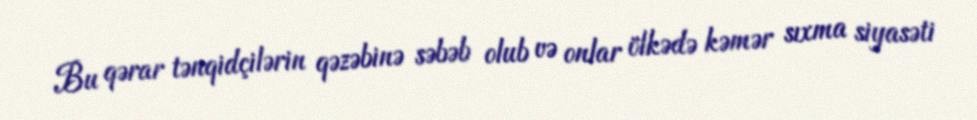
Bu qərar tənqidçilərin qəzəbinə səbəb olub və onlar ölkədə kəmər sıxma siyasəti